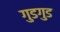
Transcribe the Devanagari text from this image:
गुडगुड